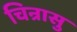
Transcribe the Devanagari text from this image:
चिन्रासु